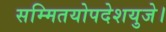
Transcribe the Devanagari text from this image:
सम्मितयोपदेशयुजे।